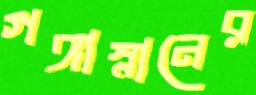
গঙ্গাস্নানের